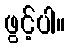
ဖွင့်ပါ။